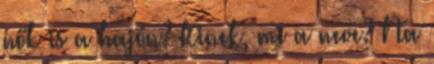
nők is a hajón? Kinek, mi a neve? Na